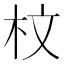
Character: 𣐀